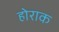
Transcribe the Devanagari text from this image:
होराक